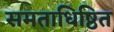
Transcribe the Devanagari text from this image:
समताधिष्ठित